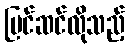
ပြင်ဆင်လိုသည့်